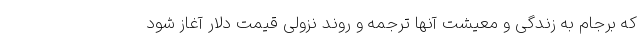
که برجام به زندگی و معیشت آنها ترجمه و روند نزولی قیمت دلار آغاز شود